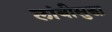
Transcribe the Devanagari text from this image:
लांबीसुद्धा